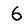
Digit: 6